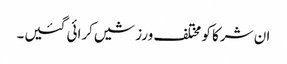
ان شرکا کو مختلف ورزشیں کرائی گئیں۔